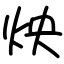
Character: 炴